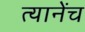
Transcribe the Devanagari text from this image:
त्यानेंच